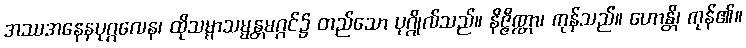
အဿအနေနပုဂ္ဂလေန၊ ထိုသမ္မာသမ္မန္တမဂ္ဂင်၌ တည်သော ပုဂ္ဂိုလ်သည်။ နိဇ္ဇိဏ္ဏာ၊ ကုန်သည်။ ဟောန္တိ၊ ကုန်၏။